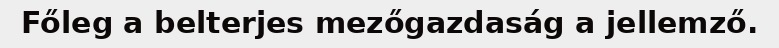
Főleg a belterjes mezőgazdaság a jellemző.